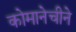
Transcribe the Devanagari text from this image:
कोमानेचीने